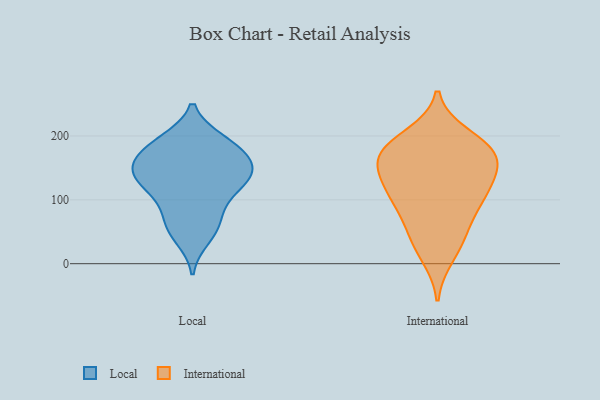
{"axis": {"x": "Waste Production (Tons)", "y": "Value"}, "legend": ["International", "Local"], "data": [{"x": "", "y": 145, "type": "Local"}, {"x": "", "y": 107, "type": "Local"}, {"x": "", "y": 172, "type": "Local"}, {"x": "", "y": 186, "type": "Local"}, {"x": "", "y": 57, "type": "Local"}, {"x": "", "y": 138, "type": "Local"}, {"x": "", "y": 147, "type": "Local"}, {"x": "", "y": 176, "type": "Local"}, {"x": "", "y": 40, "type": "Local"}, {"x": "", "y": 193, "type": "Local"}, {"x": "", "y": 146, "type": "Local"}, {"x": "", "y": 59, "type": "Local"}, {"x": "", "y": 131, "type": "Local"}, {"x": "", "y": 193, "type": "Local"}, {"x": "", "y": 155, "type": "Local"}, {"x": "", "y": 128, "type": "Local"}, {"x": "", "y": 78, "type": "Local"}, {"x": "", "y": 106, "type": "Local"}, {"x": "", "y": 162, "type": "International"}, {"x": "", "y": 174, "type": "International"}, {"x": "", "y": 185, "type": "International"}, {"x": "", "y": 170, "type": "International"}, {"x": "", "y": 138, "type": "International"}, {"x": "", "y": 42, "type": "International"}, {"x": "", "y": 12, "type": "International"}, {"x": "", "y": 86, "type": "International"}, {"x": "", "y": 200, "type": "International"}, {"x": "", "y": 181, "type": "International"}, {"x": "", "y": 156, "type": "International"}, {"x": "", "y": 43, "type": "International"}, {"x": "", "y": 121, "type": "International"}, {"x": "", "y": 87, "type": "International"}, {"x": "", "y": 111, "type": "International"}, {"x": "", "y": 115, "type": "International"}]}